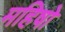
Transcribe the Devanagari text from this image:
महिषो